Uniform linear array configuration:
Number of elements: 24
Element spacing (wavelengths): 0.75
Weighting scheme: blackman
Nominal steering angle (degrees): -15
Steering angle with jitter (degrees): -14.566
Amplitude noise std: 0.05
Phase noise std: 0.05

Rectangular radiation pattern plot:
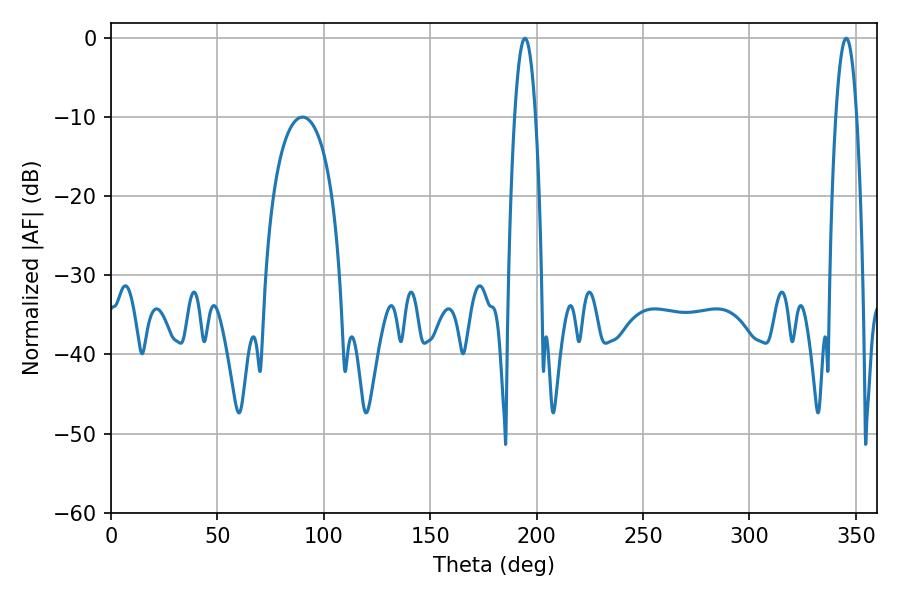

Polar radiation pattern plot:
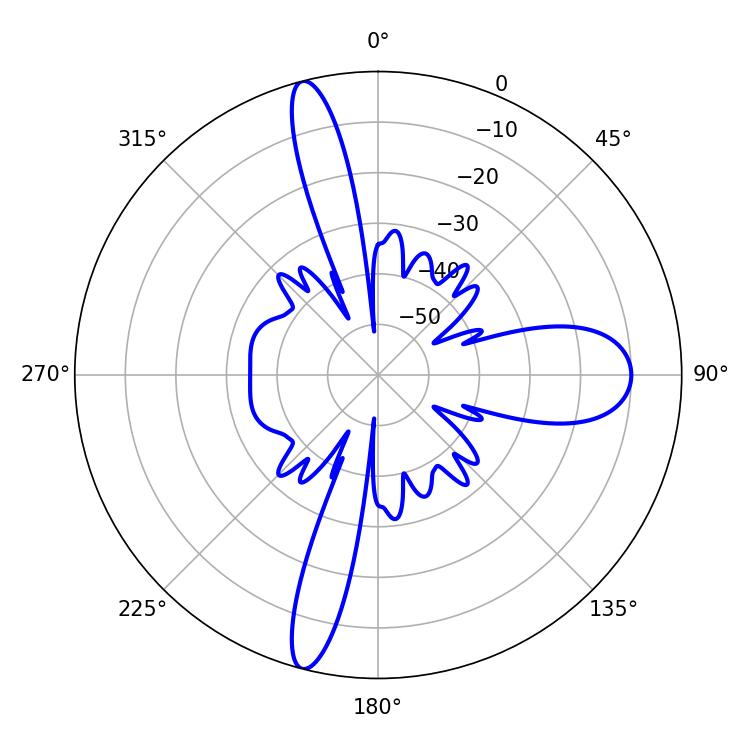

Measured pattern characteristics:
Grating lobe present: TRUE
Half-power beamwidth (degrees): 5.4
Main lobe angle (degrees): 345.42